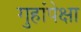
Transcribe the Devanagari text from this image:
गुहांपेक्षा